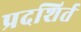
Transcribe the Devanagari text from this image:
प्रदशिर्त